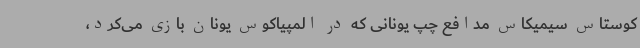
کوستاس سیمیکاس مدافع چپ یونانی که در المپیاکوس یونان بازی می‌کرد،